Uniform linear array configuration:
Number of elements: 8
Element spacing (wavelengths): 0.75
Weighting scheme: hann
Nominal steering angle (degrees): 45
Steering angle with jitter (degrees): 46.814
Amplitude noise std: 0.05
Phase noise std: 0.05

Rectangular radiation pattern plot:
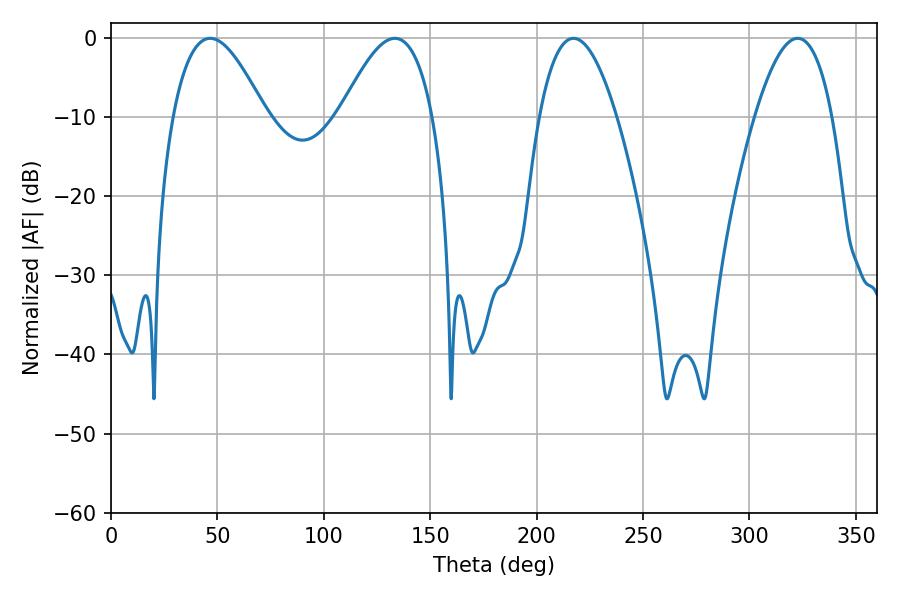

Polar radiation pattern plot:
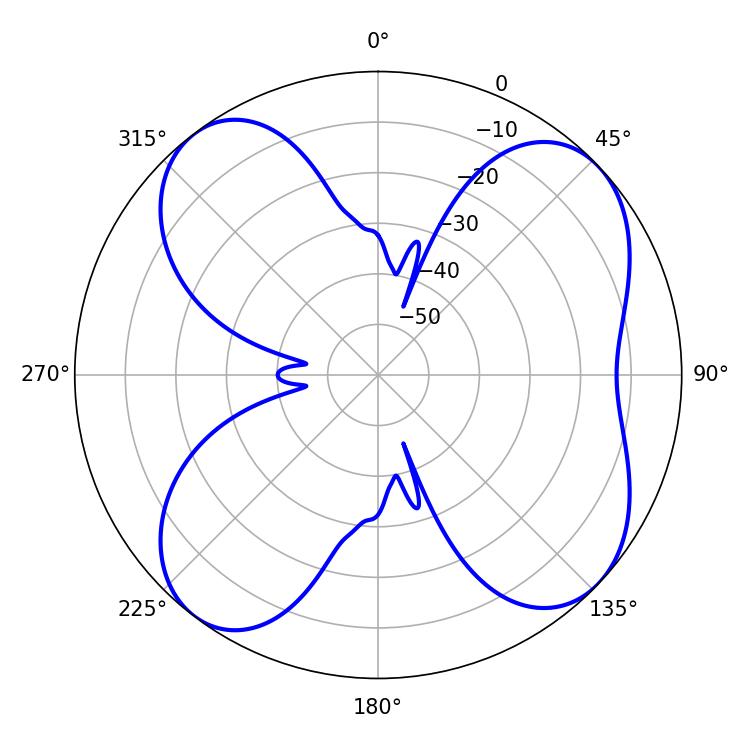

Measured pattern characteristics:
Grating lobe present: TRUE
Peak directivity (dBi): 9.351
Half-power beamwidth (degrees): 23.58
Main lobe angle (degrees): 46.62